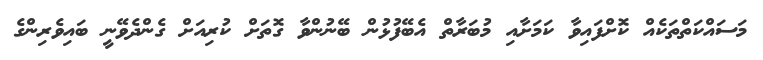
މަސައްކަތްތަކެއް ކޮށްފައިވާ ކަމަށާއި މުބަރާތް އެބޭފުޅުން ބޭނުންވާ ގޮތަށް ކުރިއަށް ގެންދެވޭނީ ބައިވެރިންގެ